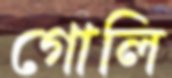
গোলি